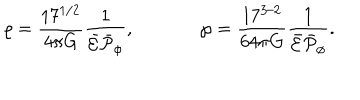
\varrho = { \frac { 1 7 ^ { 1 / 2 } } { 4 \pi G } } { \frac { 1 } { \bar { \cal E } \bar { \cal P } _ { \phi } } } , \ \ \wp = { \frac { 1 7 ^ { 3 / 2 } } { 6 4 \pi G } } { \frac { 1 } { \bar { \cal E } \bar { \cal P } _ { \phi } } } .